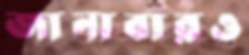
জানাবারও